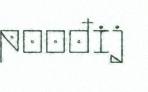
poođij